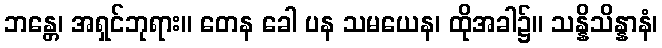
ဘန္တေ၊ အရှင်ဘုရား။ တေန ခေါ ပန သမယေန၊ ထိုအခါ၌။ သန္နိသိန္နာနံ၊